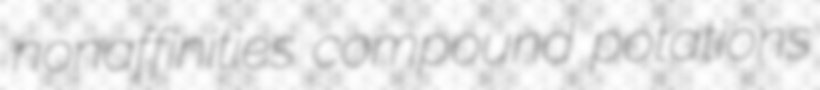
nonaffinities compound potations